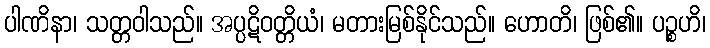
ပါဏိနာ၊ သတ္တဝါသည်။ အပ္ပဋိဝတ္တိယံ၊ မတားမြစ်နိုင်သည်။ ဟောတိ၊ ဖြစ်၏။ ပဉ္စဟိ၊